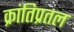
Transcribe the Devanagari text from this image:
क्रांतिप्रतल